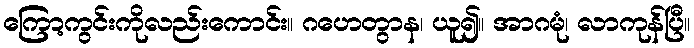
ကြော့ကွင်းကိုလည်းကောင်း။ ဂဟေတွာန၊ ယူ၍။ အာဂမုံ၊ လာကုန်ပြီ။